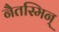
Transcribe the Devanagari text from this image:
नैतस्मिन्